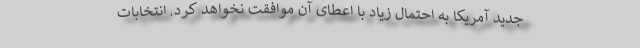
جدید آمریکا به احتمال زیاد با اعطای آن موافقت نخواهد کرد. انتخابات